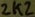
Text: 2K2